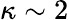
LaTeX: \kappa\sim 2